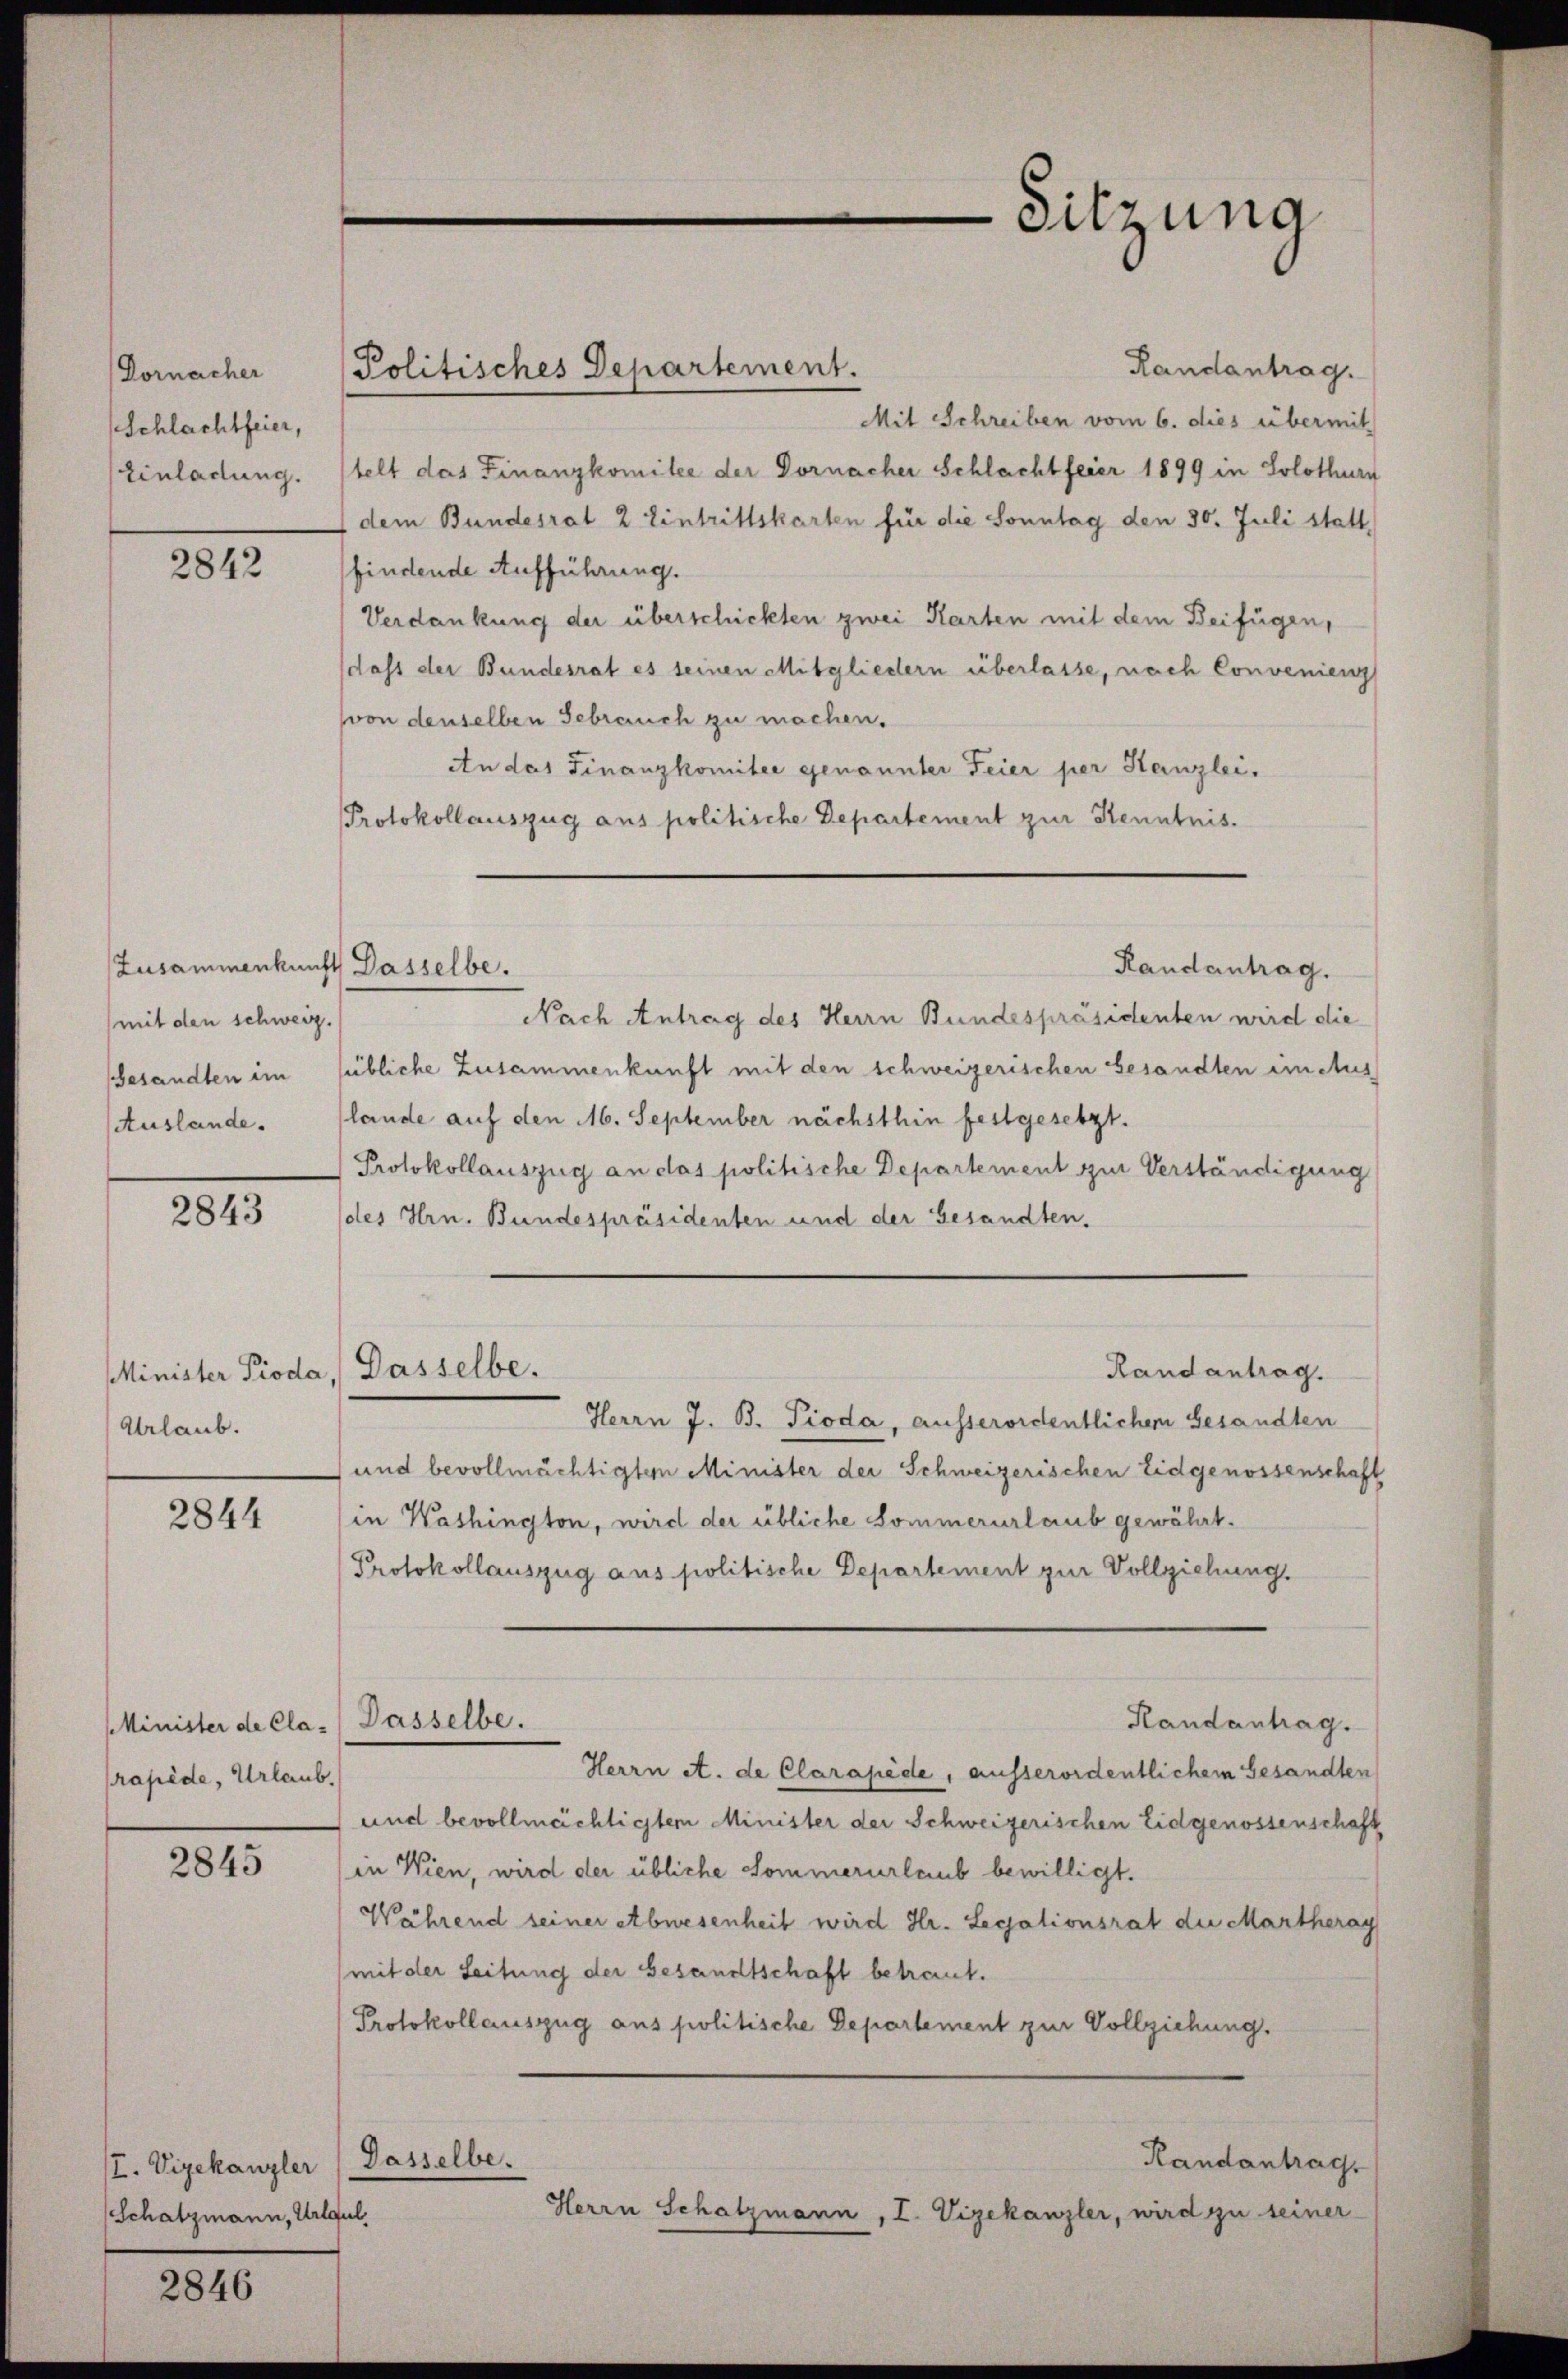
Dornacher
Schlachtfeier,
Einladung.

2842

Zusammenkunft Dasselbe.
(mit den schweiz.
gesandten im
Auslande.

2843

Minister Prode
Urlaub.

2844

Minister de Cla
rapide, Urlau

2845

I. Vizekanzler
Schatzmann, Art

2846

Randantrag.
Mit Schreiben vom 6. dies übermit
telt das Finanzkomitee der Dornacher Schlachtfeier 1899 in Solothurn
(dem Bundesrat 2 Eintrittskarten für die Sonntag den 30. Juli statt
findende Aufführung.
Verdankung der überschickten zwei Karten mit dem Beifügen,
dass der Bundesrat es seinen Mitgliedern überlasse, nach Convenienz
von denselben Gebrauch zu machen.
An das Finanzkomitee genannter Feier per Kanzlei.
Protokollauszug aus politische Departement zur Kenntnis.
Randantrag.
Nach Antrag des Herrn Bundespräsidenten wird die
übliche Zusammenkunft mit den schweizerischen besandten in Aus
lande auf den 6. September nächsthin festgesetzt.
Protokollauszug an das politische Departement zur Verständigung
des Hrn. Bundespräsidenten und der Gesandten.
Dasselbe.
Randantrag.
Herrn J. B. Pioda, ausserordentlichem Gesandten
und bevollmächtigten Minister der Schweizerischen Eidgenossenschaft
in Washington, wird der übliche Sommerurlaub gewährt.
Protokollauszug aus politische Departement zur Vollziehung.
Dasselbe.
Randantrag.
Herrn A. de Clarapide, ausserordentlichem Gesandten
und bevollmächtigtem Minister der Schweizerischen Eidgenossenschaft
in Wien, wird der übliche Sommerurlaub bewilligt.
Während seiner Abwesenheit wird Hr. Legationsrat die Martheray
mit der Leitung der Gesandtschaft betraut.
Protokollauszug aus politische Departement zur Vollziehung.
Dasselbe.
Handantrag
Herrn Schatzmann, I. Vizekanzler, wird zu seiner
gul.

Politisches Departement.

Sitzung